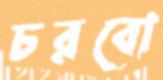
চরবো